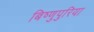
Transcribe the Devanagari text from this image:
बिष्णुपुरिया